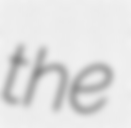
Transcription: the